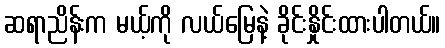
ဆရာညိန်းက မယ့်ကို လယ်မြေနဲ့ ခိုင်းနှိုင်းထားပါတယ်။